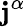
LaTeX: \mathbf{j}^{\alpha}